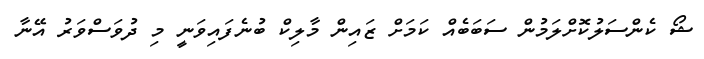
ޝޯ ކެންސަލުކޮށްލަމުން ސަބަބެއް ކަމަށް ޒައިން މާލިކް ބުނެފައިވަނީ މި ދުވަސްވަރު އޭނާ